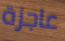
عاجزة